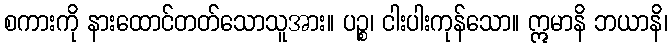
စကားကို နားထောင်တတ်သောသူအား။ ပဉ္စ၊ ငါးပါးကုန်သော။ ဣမာနိ ဘယာနိ၊